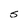
Character: S